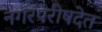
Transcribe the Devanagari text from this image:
नगरपरीषदेत